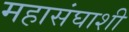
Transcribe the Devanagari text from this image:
महासंघाशी